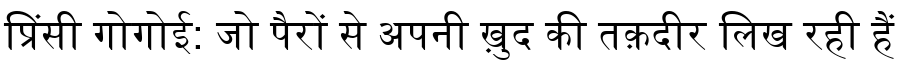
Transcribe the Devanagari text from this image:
प्रिंसी गोगोई: जो पैरों से अपनी ख़ुद की तक़दीर लिख रही हैं